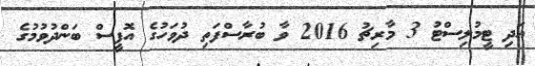
އަދި ޓީމުލިސްޓު 3 މާރިޗު 2016 ވާ ބުރާސްފަތި ދުވަހުގެ އޮފީސް ބަންދުވުމުގެ